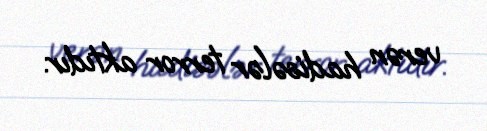
verən hadisələr terror aktıdır.